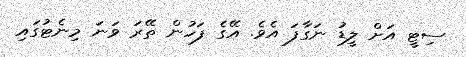
ސިޓީ އަށް ލީޑު ނަގާފަ އެވެ. އޭގެ ފަހުން ތޭރަ ވަނަ މިނެޓުގައި